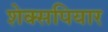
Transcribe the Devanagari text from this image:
शेक्सपियार